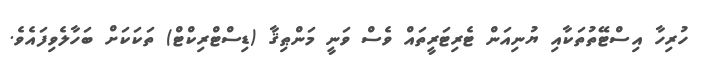
ހުރިހާ އިސްޓޭތުތަކާއި ޔުނިއަން ޓެރިޓަރީތައް ވެސް ވަނީ މަންޠިޤާ (ޑިސްޓްރިކްޓް) ތަކަކަށް ބަހާލެވިފައެވެ.